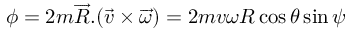
\phi = 2 m \overrightarrow { R } . ( \overrightarrow { v } \times \overrightarrow { \omega } ) = 2 m v \omega R \cos { \theta } \sin { \psi }